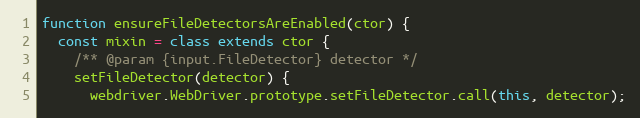
Language: JavaScript
function ensureFileDetectorsAreEnabled(ctor) {
  const mixin = class extends ctor {
    /** @param {input.FileDetector} detector */
    setFileDetector(detector) {
      webdriver.WebDriver.prototype.setFileDetector.call(this, detector);